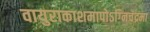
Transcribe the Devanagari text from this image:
वायुराकाशमापोऽग्‍निचंद्रमा